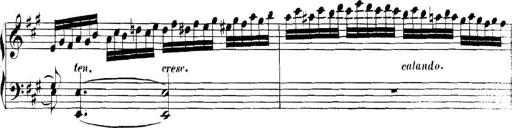
Title: Collected Piano Sonatas
Composer: Muzio Clementi